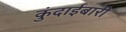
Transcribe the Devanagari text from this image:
कुंदाईबारी